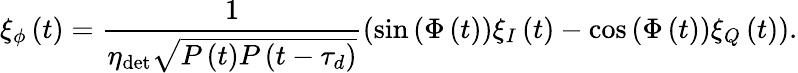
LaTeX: \xi_{\phi}\left(t\right)=\frac{1}{\eta_{\mathrm{det}}\sqrt{P\left(t\right)P\left(t-\tau_{d}\right)}}\left(\sin{\left(\Phi\left(t\right)\right)}\xi_{I}\left(t\right)-\cos{\left(\Phi\left(t\right)\right)}\xi_{Q}\left(t\right)\right).